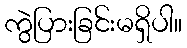
ကွဲပြားခြင်းမရှိပါ။